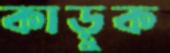
কাড়ুক